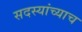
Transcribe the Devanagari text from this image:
सदस्यांच्याच